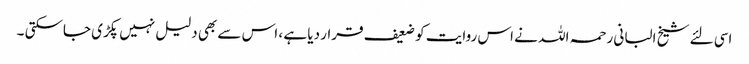
اسی لئے شیخ البانی رحمہ اللہ نے اس روایت کو ضعیف قرار دیا ہے ، اس سے بھی دلیل نہیں پکڑی جاسکتی ۔